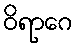
ဝိရာဂေ